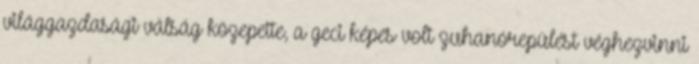
világgazdasági válság közepette, a geci képes volt zuhanórepülést véghezvinni